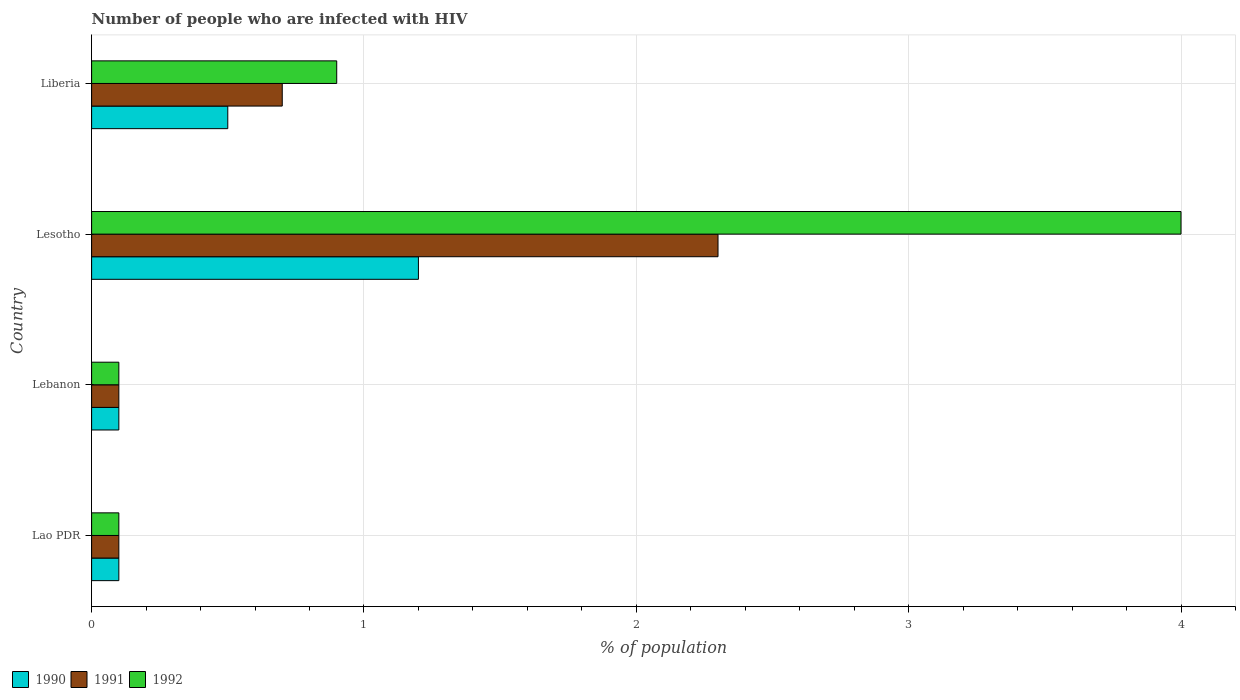
| Country | 1990 | 1991 | 1992 |
 | --- | --- | --- | --- |
 | Lao PDR | 0.1 | 0.1 | 0.1 |
 | Lebanon | 0.1 | 0.1 | 0.1 |
 | Lesotho | 1.2 | 2.3 | 4 |
 | Liberia | 0.5 | 0.7 | 0.9 |